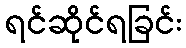
ရင်ဆိုင်ရခြင်း